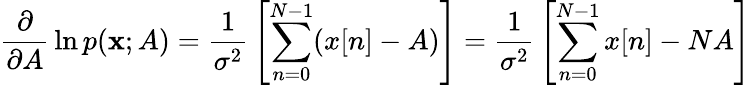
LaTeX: {\frac{\partial}{\partial A}}\ln p(\mathbf{x};A)={\frac{1}{\sigma^{2}}}\left[\sum_{n=0}^{N-1}(x[n]-A)\right]={\frac{1}{\sigma^{2}}}\left[\sum_{n=0}^{N-1}x[n]-NA\right]